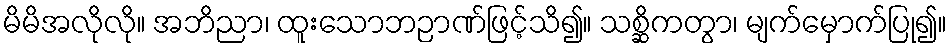
မိမိအလိုလို။ အဘိညာ၊ ထူးသောဘဉာဏ်ဖြင့်သိ၍။ သစ္ဆိကတွာ၊ မျက်မှောက်ပြု၍။